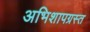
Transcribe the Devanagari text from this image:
अभिशापग्रस्त